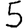
Digit: 5